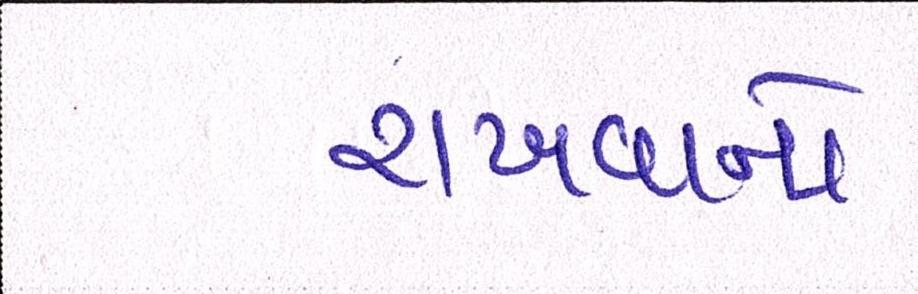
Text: રાખવાનો